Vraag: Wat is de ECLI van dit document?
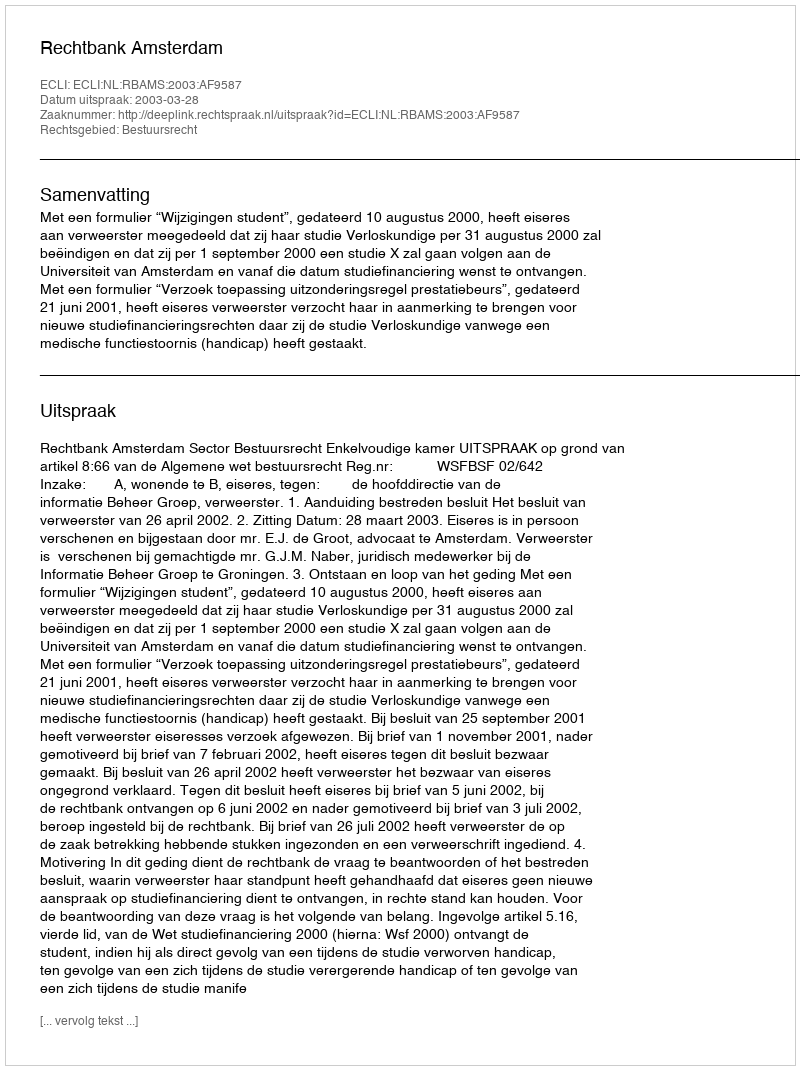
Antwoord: ECLI:NL:RBAMS:2003:AF9587